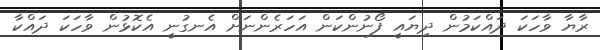
ރާޔާ ވާހަކަ ދައްކަމުން ދިޔައީ ފޯނުންކަން އަހަރެންނަށް އެނގުނީ އެކޮޅުން ވާހަކަ ދައްކާ